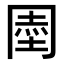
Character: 𭁱